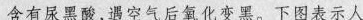
含有尿黑酸，遇到空气后氧化变黑。下图所示人